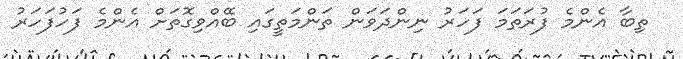
ތިބާ އެންމެ ފުރަތަމަ ފަހަރު ނިންދަވަން ތަންމަތީގައި ބޭއްވިގޮތަށް އެންމެ ފަހުފަހަރު